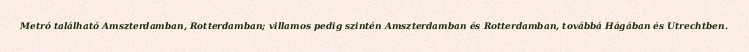
Metró található Amszterdamban, Rotterdamban; villamos pedig szintén Amszterdamban és Rotterdamban, továbbá Hágában és Utrechtben.